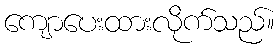
ကျောပေးထားလိုက်သည်။